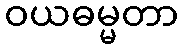
ဝယဓမ္မတာ